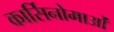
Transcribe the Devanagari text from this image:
कार्सिनोमाओं